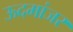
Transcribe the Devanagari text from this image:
ऊदमांजर